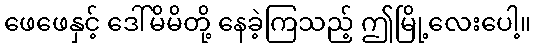
ဖေဖေနှင့် ဒေါ်မိမိတို့ နေခဲ့ကြသည့် ဤမြို့လေးပေါ့။